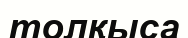
толқыса